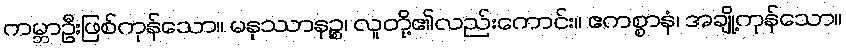
ကမ္ဘာဦးဖြစ်ကုန်သော။ မနုဿာနဉ္စ၊ လူတို့၏လည်းကောင်း။ ဧကစ္စာနံ၊ အချို့ကုန်သော။